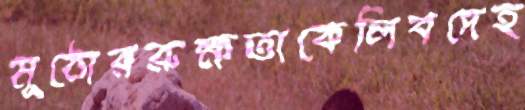
মূঠোররুক্ষতাকেলিবদেহ